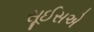
સૂઈસએ